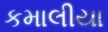
કમાલીયા